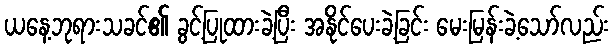
ယနေ့ဘုရားသခင်၏ ခွင့်ပြုထားခဲ့ပြီး အနိုင်ပေးခဲ့ခြင်း မေးမြန်းခဲ့သော်လည်း